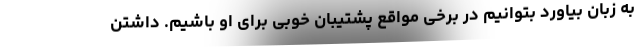
به زبان بیاورد بتوانیم در برخی مواقع پشتیبان خوبی برای او باشیم. داشتن